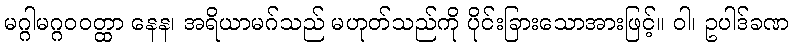
မဂ္ဂါမဂ္ဂဝဝတ္ထာ နေန၊ အရိယာမဂ်သည် မဟုတ်သည်ကို ပိုင်းခြားသောအားဖြင့်။ ဝါ၊ ဥပါဒ်ခဏ